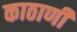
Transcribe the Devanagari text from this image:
काठाणी